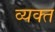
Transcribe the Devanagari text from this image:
व्‍यक्‍त